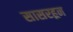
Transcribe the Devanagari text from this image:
सासरहून